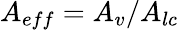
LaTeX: A_{eff}=A_{v}/A_{lc}